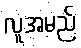
လူအမည်